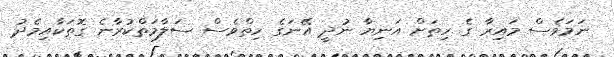
ނަމަވެސް މައިރާ ގެ ހިތަށް އަނިޔާ ނުދީ އޭނަގެ ހިތްވެސް ސަލާމަތްކުރާނެ ގޮތަކާއިމެދު